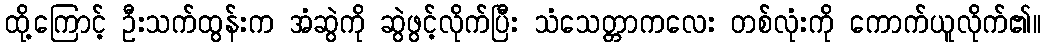
ထို့ကြောင့် ဦးသက်ထွန်းက အံဆွဲကို ဆွဲဖွင့်လိုက်ပြီး သံသေတ္တာကလေး တစ်လုံးကို ကောက်ယူလိုက်၏။